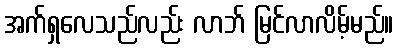
အက်ရှလေသည်လည်း လာဘ် မြင်လာလိမ့်မည်။